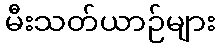
မီးသတ်ယာဉ်များ